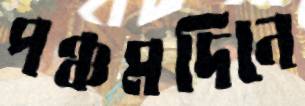
পঞ্চমদিনে